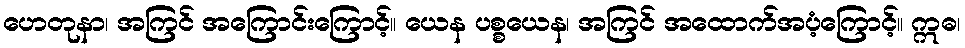
ဟေတုနာ၊ အကြင် အကြောင်းကြောင့်။ ယေန ပစ္စယေန၊ အကြင် အထောက်အပံ့ကြောင့်။ ဣဓ၊